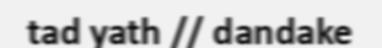
tad yath // dandake